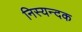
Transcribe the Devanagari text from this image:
निस्यन्दक